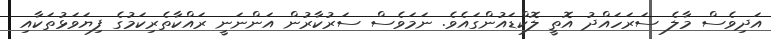
އަދިވެސް މާލެ ސަރަހައްދު އޮތީ ލޮކްޑައުންގައެވެ. ނަމަވެސް ސަރުކާރުން އަންނަނީ ރައްކާތެރިކަމުގެ ފިޔަވަޅުތަކާއި